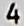
4